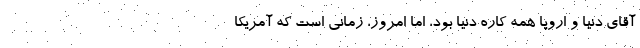
آقای دنیا و اروپا همه کاره دنیا بود، اما امروز، زمانی است که آمریکا